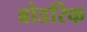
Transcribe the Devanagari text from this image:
ब्रोडरिक